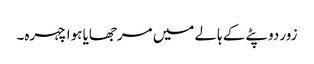
زور دوپٹے کے ہالے میں مرجھایا ہوا چہرہ۔